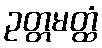
ဥတ္တမတ္ထံ